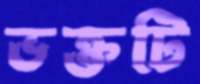
ভক্তটি